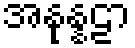
အနုန္နဠာ